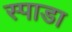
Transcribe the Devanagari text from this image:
स्पाडा